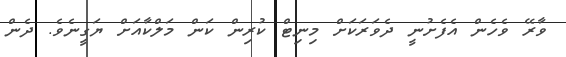
ވާރޭ ވެހެން އެފެށުނީ ދެވަރަކަށް މިނިޓް ކުރިން ކަން މަލްކާއަށް ޔަގީނެވެ. ދެން